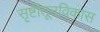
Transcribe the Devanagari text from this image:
सृष्टीतूनविकास